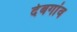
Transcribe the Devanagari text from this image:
देबगांव